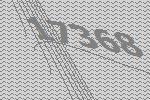
17368